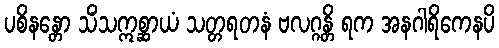
ပစိနန္တော သိံသဣစ္ဆာယံ သတ္တရတနံ ဗလဂ္ဂန္တိ ရက အနဂါရိကေနပိ